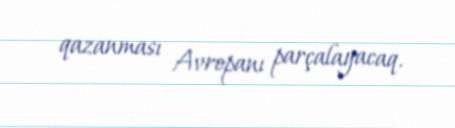
qazanması Avropanı parçalayacaq.